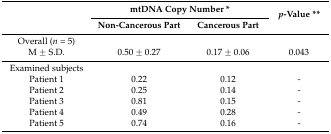
| <ROWSPAN=2>  | <COLSPAN=2> mtDNA Copy Number * | <ROWSPAN=2> p-Value ** |
 | Non-Cancerous Part | Cancerous Part |
 | --- | --- | --- | --- |
 | Overall (n = 5) |  |  |  |
 | M ± S.D. | 0.50 ± 0.27 | 0.17 ± 0.06 | 0.043 |
 | Examined subjects |  |  |  |
 | Patient 1 | 0.22 | 0.12 | - |
 | Patient 2 | 0.25 | 0.14 | - |
 | Patient 3 | 0.81 | 0.15 | - |
 | Patient 4 | 0.49 | 0.28 | - |
 | Patient 5 | 0.74 | 0.16 | - |